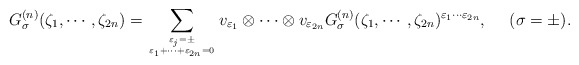
\begin{align*}G^{(n)}_\sigma(\zeta_1,\cdots,\zeta_{2n})=\sum_{\varepsilon_j =\pm\atop \varepsilon_1 +\cdots +\varepsilon_{2n}=0} v_{\varepsilon_1} \otimes \cdots \otimes v_{\varepsilon_{2n}} G^{(n)}_\sigma(\zeta_1,\cdots,\zeta_{2n})^{\varepsilon_1 \cdots \varepsilon_{2n}}, ~~~~ (\sigma =\pm ). \end{align*}